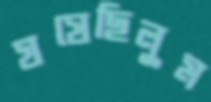
ঘষেছিলুম